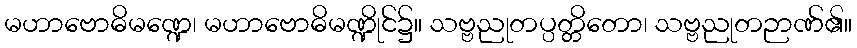
မဟာဗောဓိမဏ္ဍေ၊ မဟာဗောဓိမဏ္ဍိုင်၌။ သဗ္ဗညုတပ္ပတ္တိတော၊ သဗ္ဗညုတဉာဏ်၏။